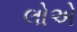
લોએ